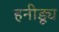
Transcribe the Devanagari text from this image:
हनीड्यू